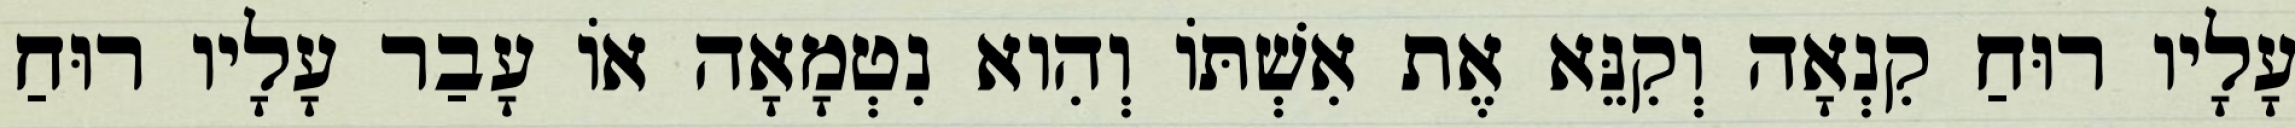
עָלָיו רוּחַ קִנְאָה וְקִנֵּא אֶת אִשְׁתּוֹ וְהִוא נִטְמָאָה אוֹ עָבַר עָלָיו רוּחַ